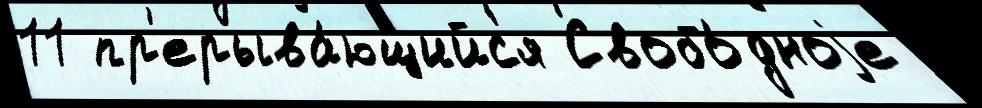
11 пр'ерыва́ющийс'я Свобо́дноjе